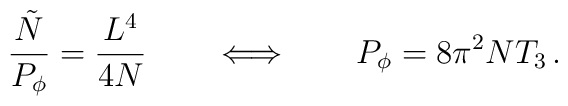
\frac{{\tilde N}}{P_\phi}=\frac{L^4}{4N} \qquad \Longleftrightarrow\qquad P_\phi = 8 \pi^2 N T_3\, .